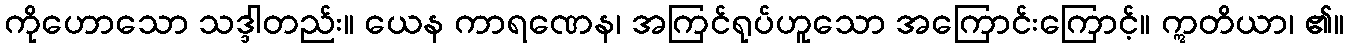
ကိုဟောသော သဒ္ဒါတည်း။ ယေန ကာရဏေန၊ အကြင်ရုပ်ဟူသော အကြောင်းကြောင့်။ ဣတိယာ၊ ၏။